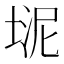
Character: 𪣮